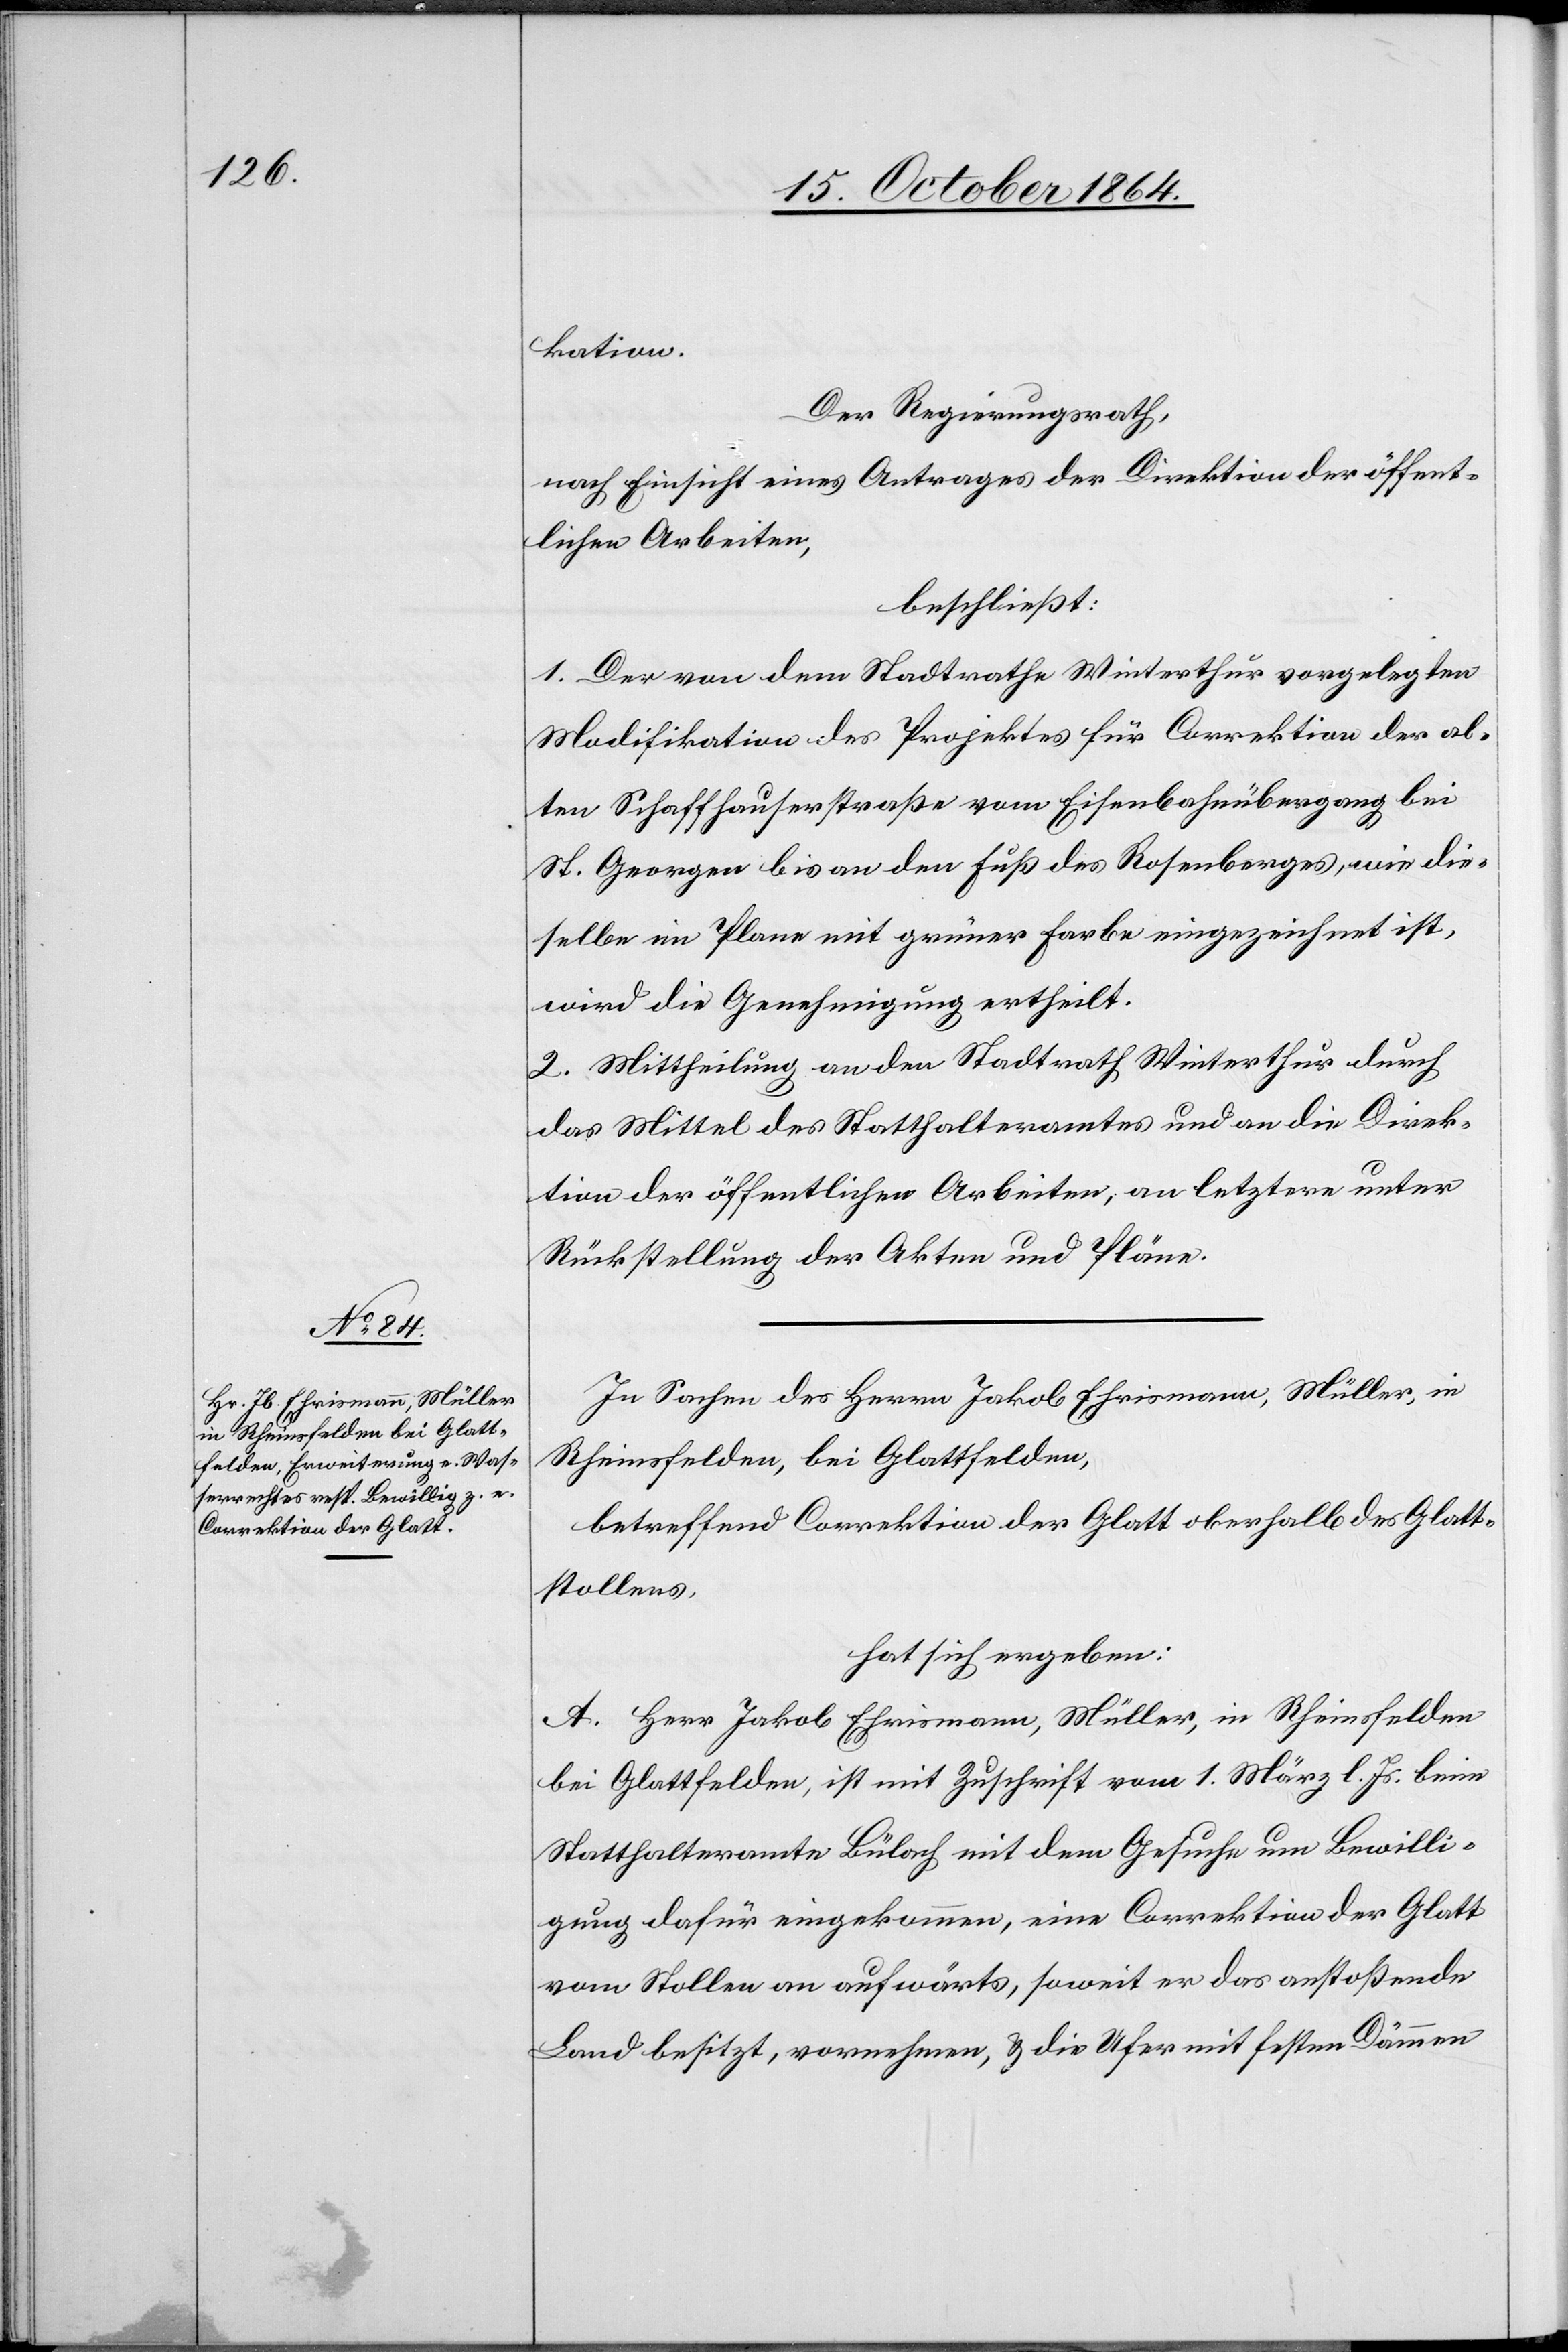
kation.
Der Regierungsrath,
nach Einsicht eines Antrages der Direktion der öffent¬
lichen Arbeiten,
beschließt:
1. Der von dem Stadtrathe Winterthur vorgelegten
Modifikation des Projektes für Correktion der al¬
ten Schaffhauserstraße vom Eisenbahnübergang bei
St. Georgen bis an den Fuß des Rosenberges, wie die¬
selbe im Plane mit grüner Farbe eingezeichnet ist,
wird die Genehmigung ertheilt.
2. Mittheilung an den Stadtrath Winterthur durch
das Mittel des Statthalteramtes und an die Direk¬
tion der öffentlichen Arbeiten, an letztere unter
Rückstellung der Akten und Pläne.
In Sachen des Herrn Jakob Ehrismann, Müller, in
Rheinsfelden, bei Glattfelden,
betreffend Correktion der Glatt oberhalb des Glatt¬
stollens,
hat sich ergeben:
A. Herr Jakob Ehrismann, Müller, in Rheinsfelden
bei Glattfelden, ist mit Zuschrift vom 1. März l. Js. beim
Statthalteramte Bülach mit dem Gesuche um Bewilli¬
gung dafür eingekommen, eine Correktion der Glatt
vom Stollen an aufwärts, soweit er das anstoßende
Land besitzt, vornehmen, & die Ufer mit festen Dämmen